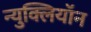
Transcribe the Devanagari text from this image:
न्युक्लियॉन